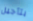
بتأجيل